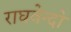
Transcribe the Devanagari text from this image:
राघवेन्दो